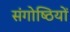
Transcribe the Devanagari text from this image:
संगोष्‍ठियों